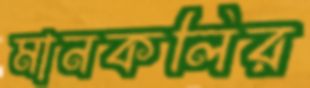
মানকলির